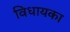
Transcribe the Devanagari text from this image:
विधायका